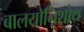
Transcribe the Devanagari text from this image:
बालयोनिशोथ